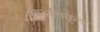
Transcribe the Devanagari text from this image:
स्वअधिकृत